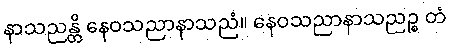
နာသညန္တိ နေဝသညာနာသညံ။ နေဝသညာနာသညဉ္စ တံ